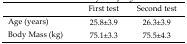
<table><thead><tr><td></td><td><b>First test</b></td><td><b>Second test</b></td></tr></thead><tbody><tr><td>Age (years)</td><td>25.8±3.9</td><td>26.3±3.9</td></tr><tr><td>Body Mass (kg)</td><td>75.1±3.3</td><td>75.5±4.3</td></tr></tbody></table>